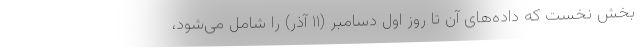
بخش نخست که داده‌های آن تا روز اول دسامبر (۱۱ آذر) را شامل می‌شود،